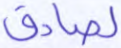
لصادق